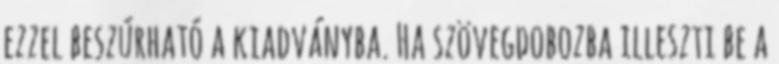
ezzel beszúrható a kiadványba. Ha szövegdobozba illeszti be a